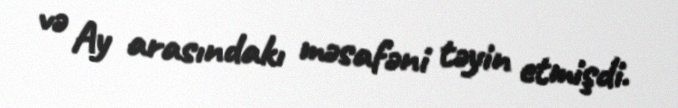
və Ay arasındakı məsafəni təyin etmişdi.